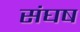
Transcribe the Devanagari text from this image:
संघष